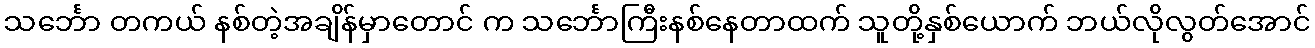
သင်္ဘော တကယ် နစ်တဲ့အချိန်မှာတောင် က သင်္ဘောကြီးနစ်နေတာထက် သူတို့နှစ်ယောက် ဘယ်လိုလွတ်အောင်